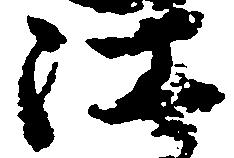
江